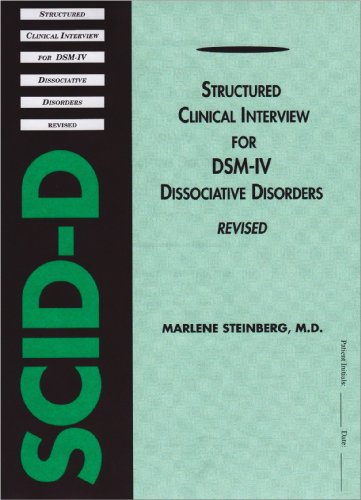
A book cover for Structured Clinical Interview for Dsm-IV Dissociative Disorders (Scid-D) (5 book pack); Marlene, M.D. Steinberg; Health, Fitness & Dieting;